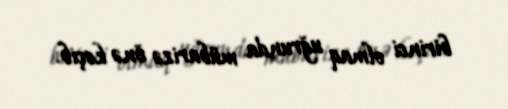
birinci olmaq uğrunda mübarizə önə keçib.